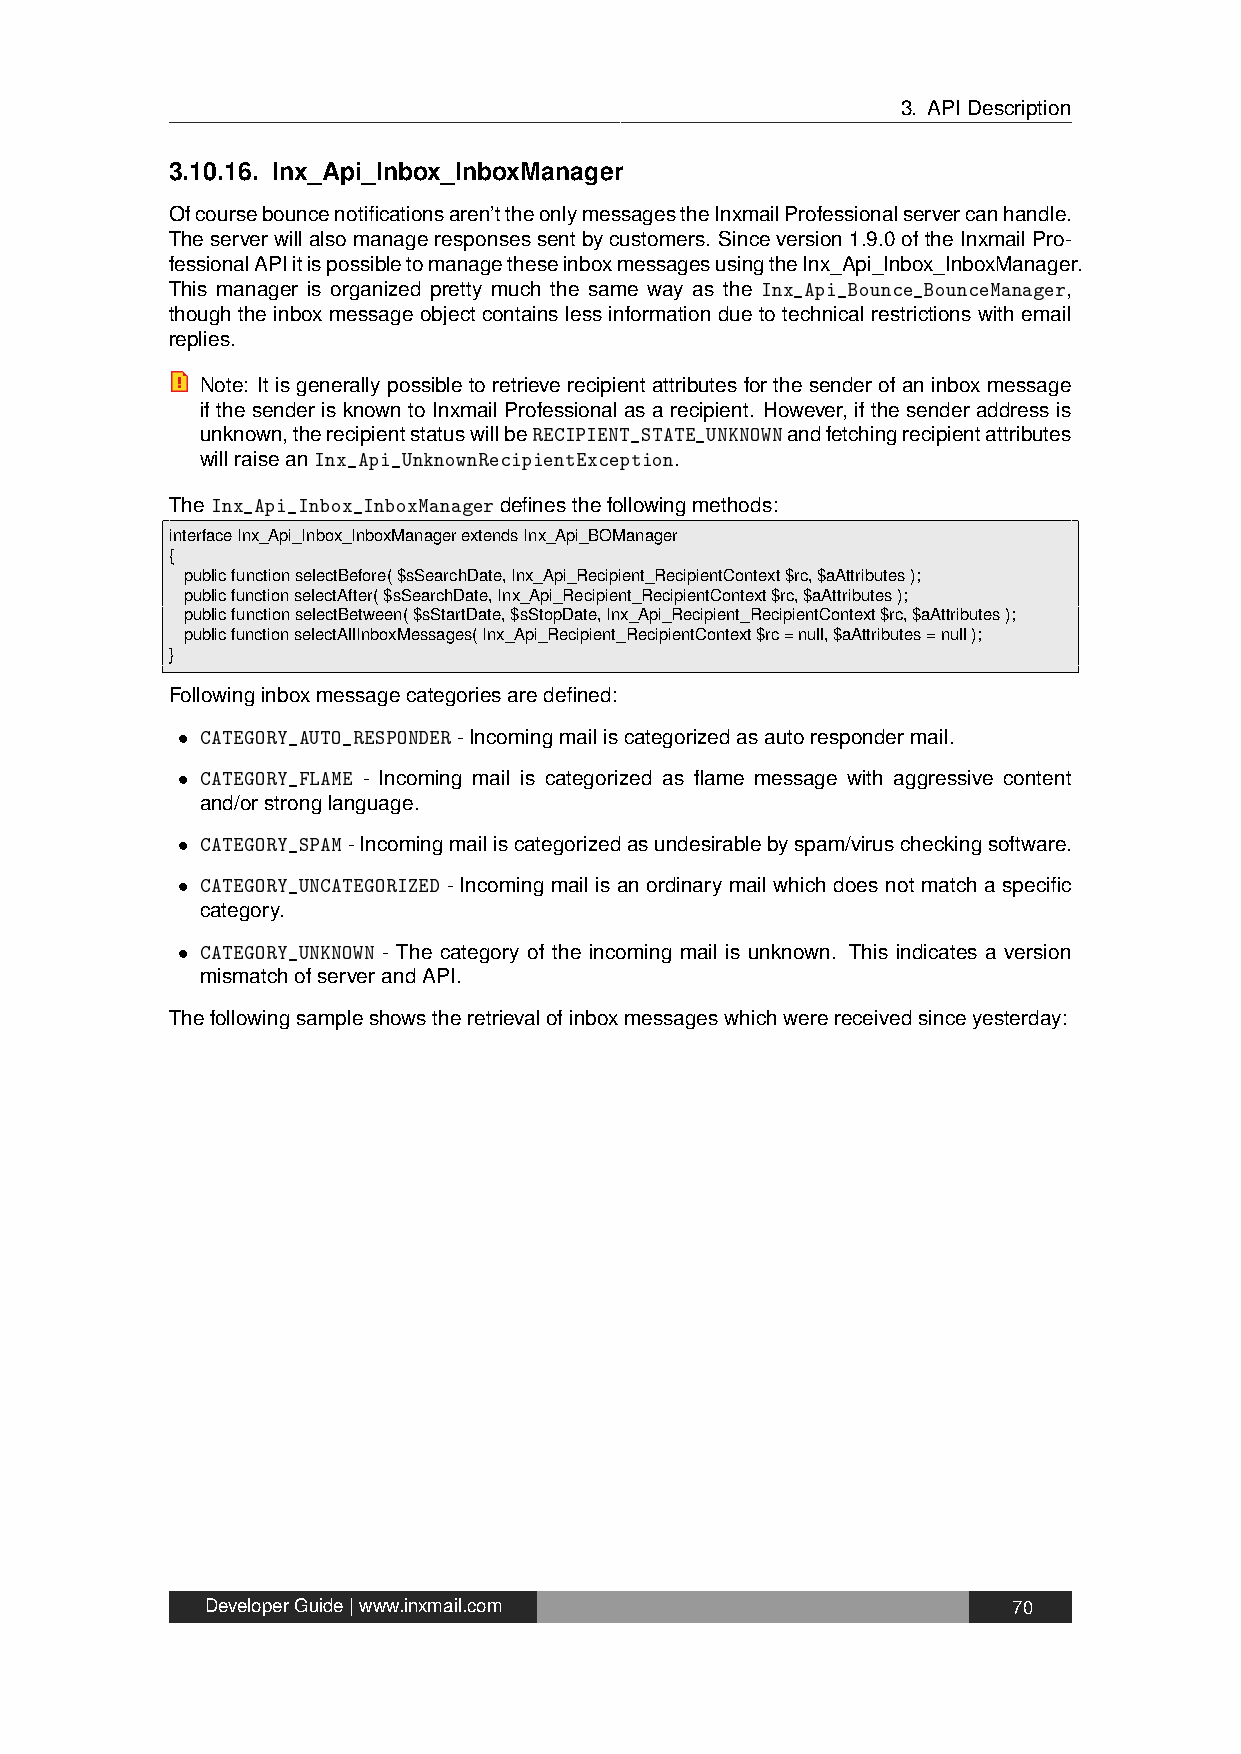
3. APIDescription
 3.10.16. Inx_Api_Inbox_InboxManager
 Ofcoursebouncenotificationsaren’ttheonlymessagestheInxmailProfessionalservercanhandle.
 Theserverwillalsomanageresponsessentbycustomers. Sinceversion1.9.0oftheInxmailPro-
 fessionalAPIitispossibletomanagetheseinboxmessagesusingtheInx_Api_Inbox_InboxManager.
 This manager is organized pretty much the same way as the Inx_Api_Bounce_BounceManager,
 though the inbox message object contains less information due to technical restrictions with email
 replies.
 Note: It is generally possible to retrieve recipient attributes for the sender of an inbox message
 if the sender is known toInxmail Professional as a recipient. However, if thesender address is
 unknown,therecipientstatuswillbeRECIPIENT_STATE_UNKNOWNandfetchingrecipientattributes
 willraiseanInx_Api_UnknownRecipientException.
 TheInx_Api_Inbox_InboxManagerdefinesthefollowingmethods:
 interfaceInx_Api_Inbox_InboxManagerextendsInx_Api_BOManager
 {
 publicfunctionselectBefore($sSearchDate,Inx_Api_Recipient_RecipientContext$rc,$aAttributes);
 publicfunctionselectAfter($sSearchDate,Inx_Api_Recipient_RecipientContext$rc,$aAttributes);
 publicfunctionselectBetween($sStartDate,$sStopDate,Inx_Api_Recipient_RecipientContext$rc,$aAttributes);
 publicfunctionselectAllInboxMessages(Inx_Api_Recipient_RecipientContext$rc=null,$aAttributes=null);
 }
 Followinginboxmessagecategoriesaredefined:
 • CATEGORY_AUTO_RESPONDER-Incomingmailiscategorizedasautorespondermail.
 • CATEGORY_FLAME - Incoming mail is categorized as flame message with aggressive content
 and/orstronglanguage.
 • CATEGORY_SPAM-Incomingmailiscategorizedasundesirablebyspam/viruscheckingsoftware.
 • CATEGORY_UNCATEGORIZED - Incoming mail is an ordinary mail which does not match a specific
 category.
 • CATEGORY_UNKNOWN - The category of the incoming mail is unknown. This indicates a version
 mismatchofserverandAPI.
 Thefollowingsampleshowstheretrievalofinboxmessageswhichwerereceivedsinceyesterday:
 DeveloperGuide|www.inxmail.com                       70